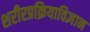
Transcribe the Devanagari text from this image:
शरीरप्रक्रियाविज्ञान